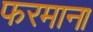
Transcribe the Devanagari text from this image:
फरमाना